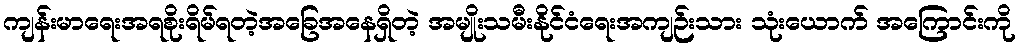
ကျန်းမာရေးအရစိုးရိမ်ရတဲ့အခြေအနေရှိတဲ့ အမျိုးသမီးနိုင်ငံရေးအကျဉ်းသား သုံးယောက် အကြောင်းကို